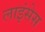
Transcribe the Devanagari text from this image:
लाइंसेस